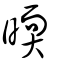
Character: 㬉